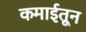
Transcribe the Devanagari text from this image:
कमाईतून